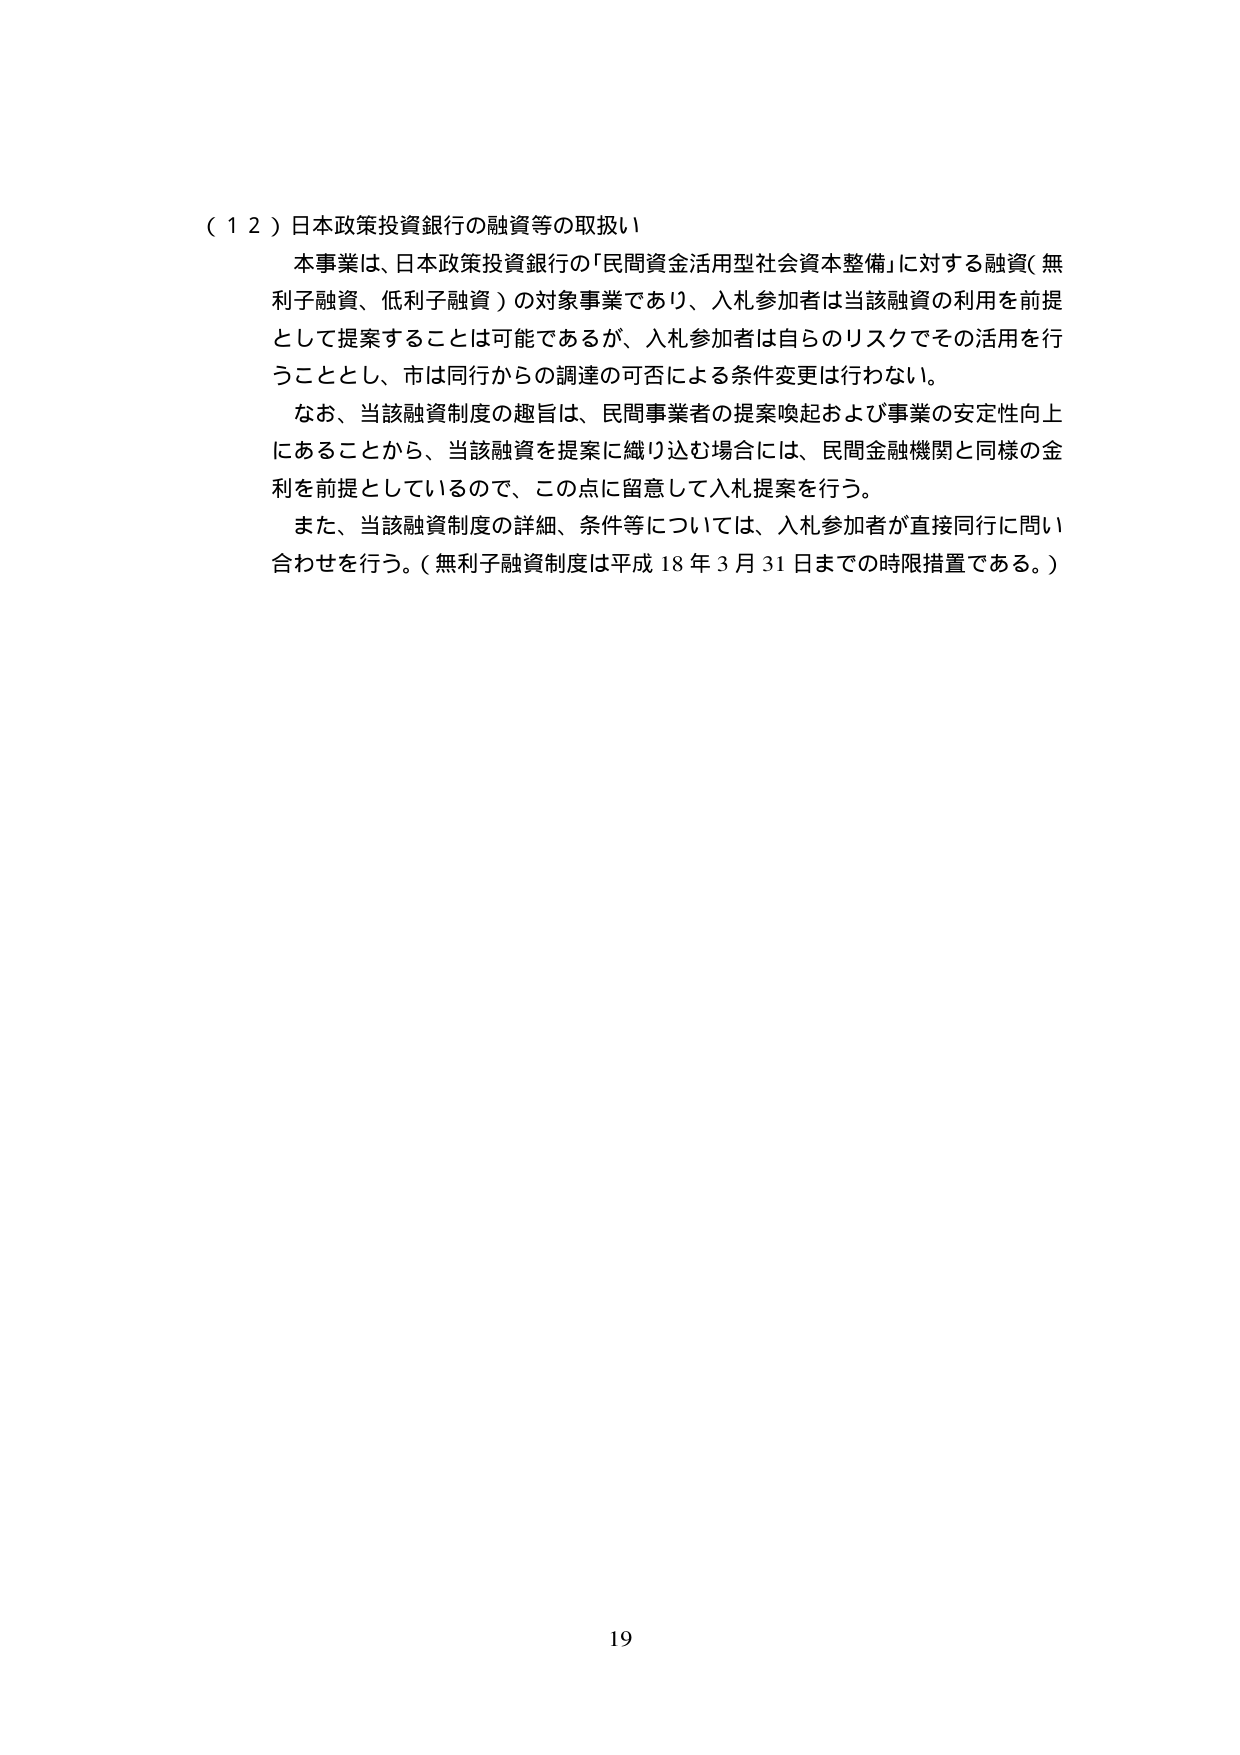
（１２）日本政策投資銀行の融資等の取扱い
本事業は、日本政策投資銀行の「民間資金活用型社会資本整備」に対する融資（無利子融資、低利子融資）の対象事業であり、入札参加者は当該融資の利用を前提として提案することは可能であるが、入札参加者は自らのリスクでその活用を行うこととし、市は同行からの調達の可否による条件変更は行わない。
なお、当該融資制度の趣旨は、民間事業者の提案喚起および事業の安定性向上にあることから、当該融資を提案に織り込む場合には、民間金融機関と同様の金利を前提としているので、この点に留意して入札提案を行う。
また、当該融資制度の詳細、条件等については、入札参加者が直接同行に問い合わせを行う。（無利子融資制度は平成18年3月31日までの時限措置である。）
19